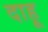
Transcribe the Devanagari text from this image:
दाहू